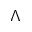
\Lambda